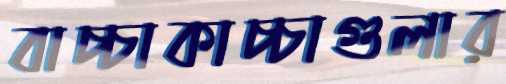
বাচ্চাকাচ্চাগুলার